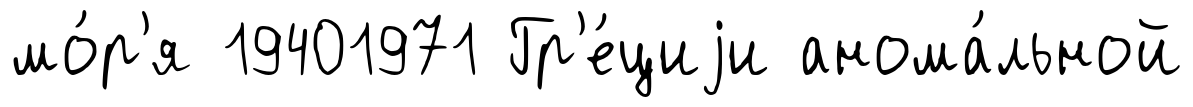
мо́р'я 19401971 Гр'е́циjи анома́льной